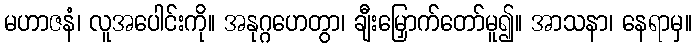
မဟာဇနံ၊ လူအပေါင်းကို။ အနုဂ္ဂဟေတွာ၊ ချီးမြှောက်တော်မူ၍။ အာသနာ၊ နေရာမှ။